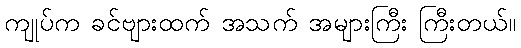
ကျုပ်က ခင်ဗျားထက် အသက် အများကြီး ကြီးတယ်။